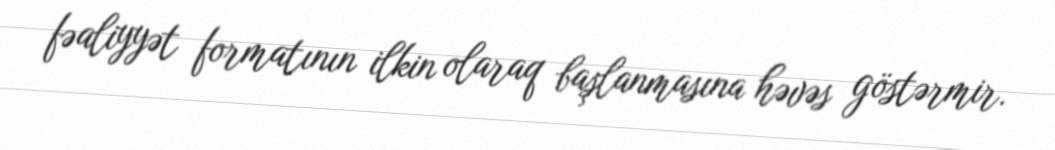
fəaliyyət formatının ilkin olaraq başlanmasına həvəs göstərmir.